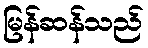
မြန်ဆန်သည်